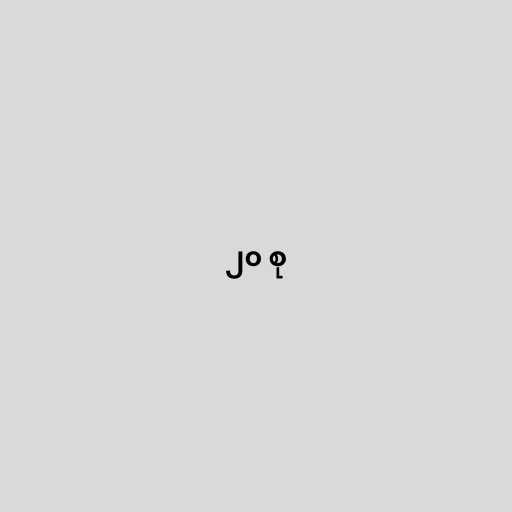
၂၀ စု